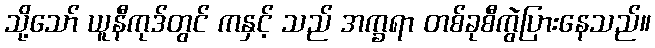
သို့သော် ယူနီကုဒ်တွင် ကနှင့် သည် အက္ခရာ တစ်ခုစီကွဲပြားနေသည်။